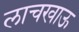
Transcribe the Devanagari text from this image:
लाचखाऊ